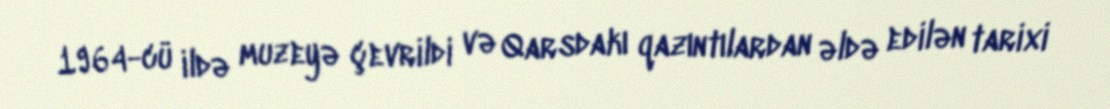
1964-cü ildə muzeyə çevrildi və Qarsdakı qazıntılardan əldə edilən tarixi